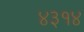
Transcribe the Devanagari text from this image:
४३१४